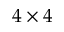
4 \times 4